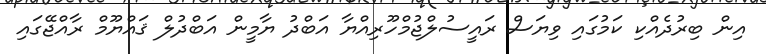
އިން ބިރުދެއްކި ކަމުގައި ވިޔަސް ރައީސުލްޖުމްހޫރިއްޔާ އަބްދު ޔާމީން އަބްދުލް ޤައްޔޫމް ރާއްޖޭގައި